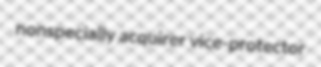
nonspecially acquirer vice-protector